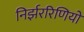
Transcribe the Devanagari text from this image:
निर्झररिणियों